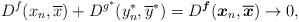
LaTeX: \begin{align*}D^{f}({x}_n,\overline{x})+D^{g^*}(y^*_n,\overline{y}^*)=D^{\boldsymbol{f}}(\boldsymbol{x}_n,\overline{\boldsymbol{x}})\to 0,\end{align*}